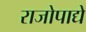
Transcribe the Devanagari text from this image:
राजोपाद्ये